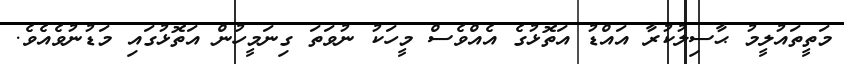
މަތީތައުލީމު ޙާސިލުކުރާ އައްޑު އަތޮޅުގެ އެއްވެސް މީހަކު ނުވަތަ ގިނަމީހުން އަތޮޅުގައި މަޑުނުވެއެވެ.